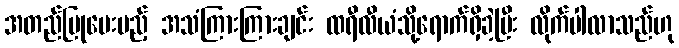
အတည်ပြုပေးမည့် အသံကြားကြားချင်း ထရီလီယံသို့ရောက်ရှိခဲ့ပြီး လိုက်ပါလာသည်ဟု